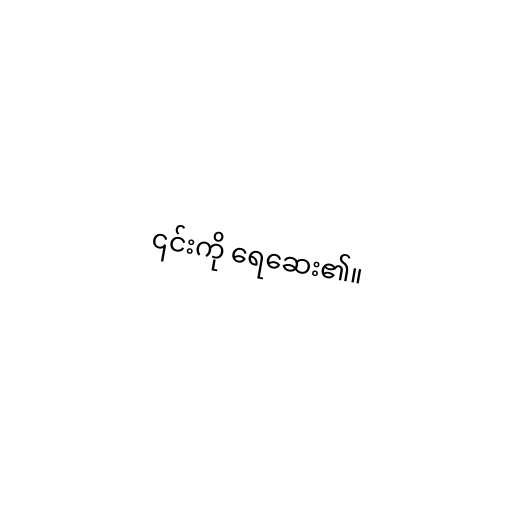
၎င်းကို ရေဆေး၏။